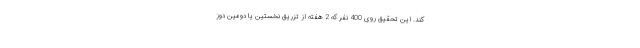
کند. این تحقیق روی 400 نفر که 2 هفته از تزریق نخستین یا دومین دوز